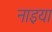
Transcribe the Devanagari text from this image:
नाइया